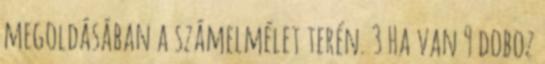
megoldásában a számelmélet terén. 3 Ha van 9 doboz